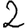
Digit: 2